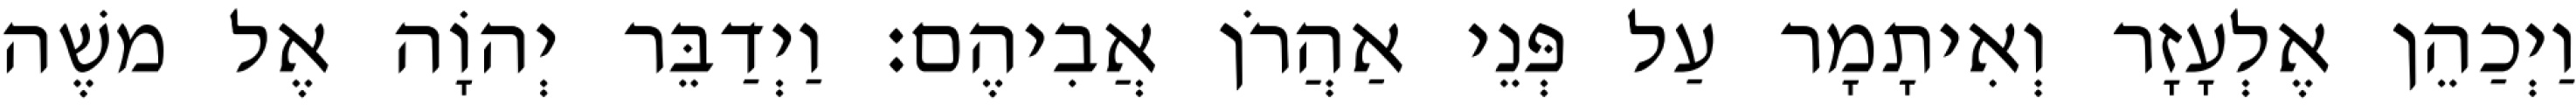
וַיְכַהֵן אֶלְעָזָר וְאִיתָמָר עַל פְּנֵי אַהֲרֹן אֲבִיהֶם׃ וַיְדַבֵּר יְהוָֹה אֶל משֶׁה